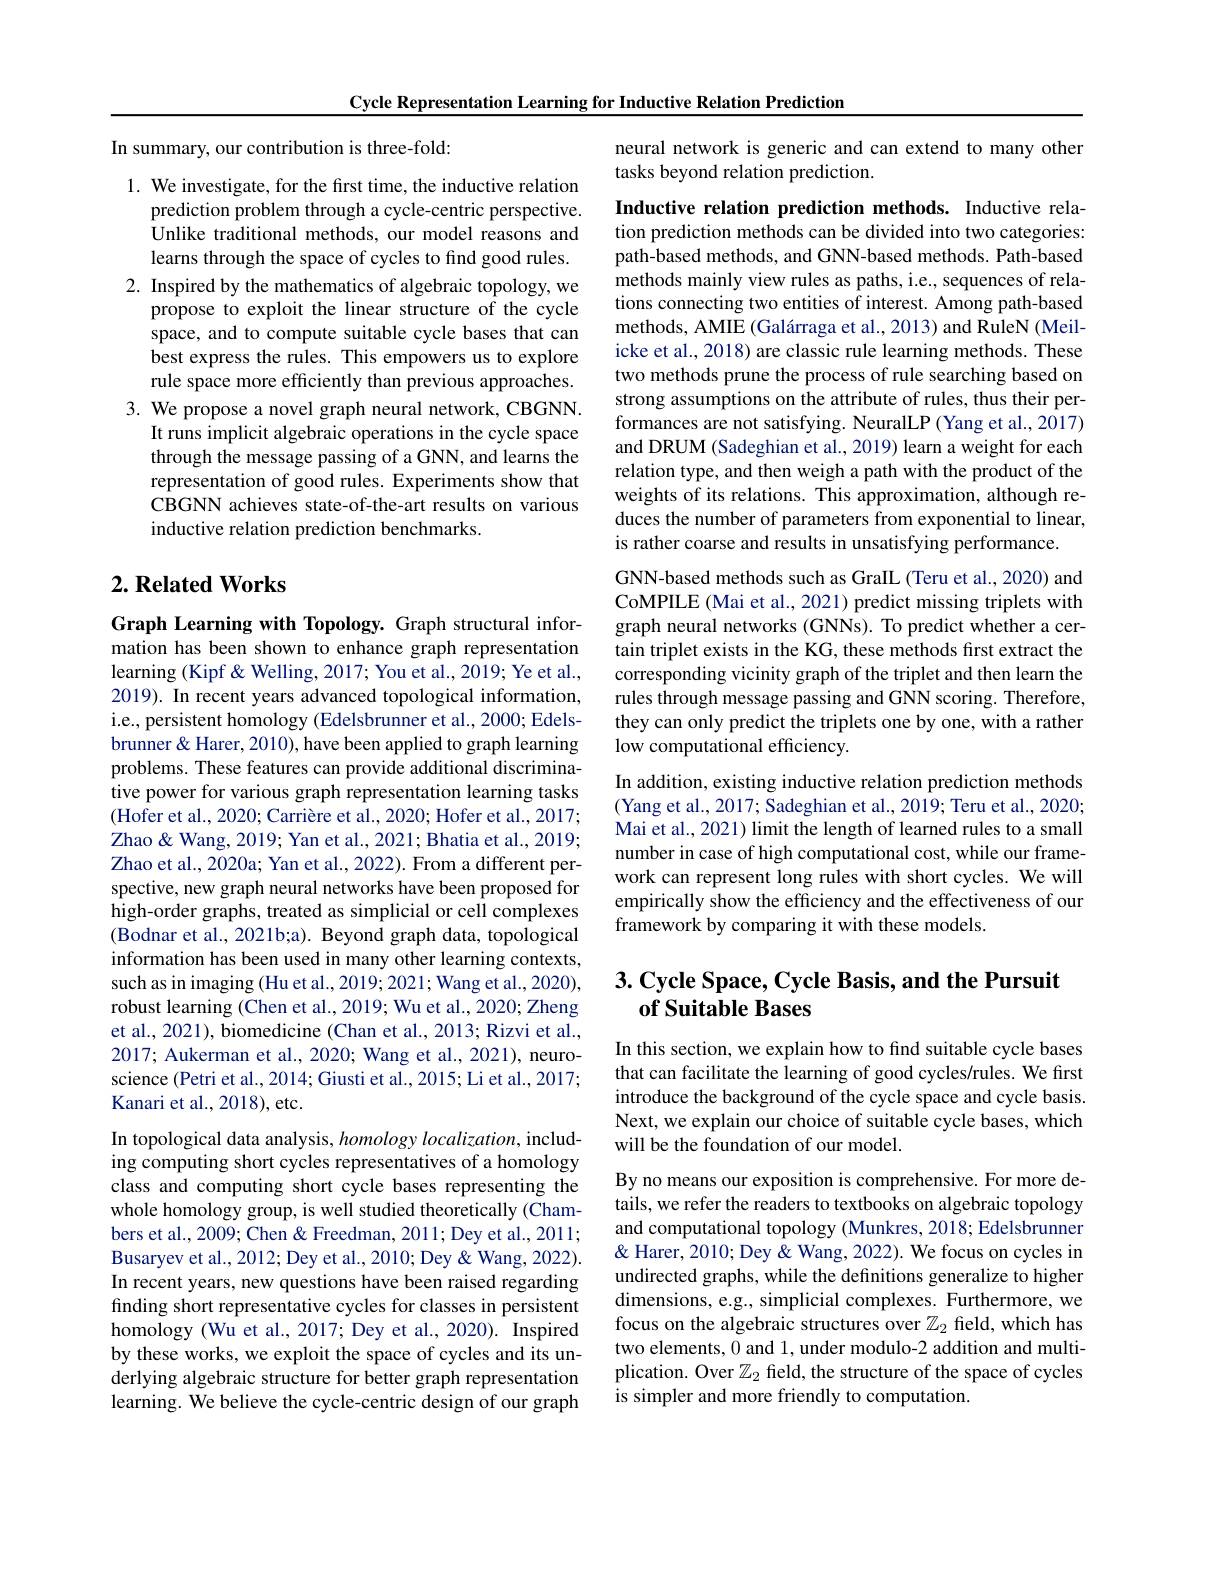
Cycle Representation Learning for Inductive Relation Prediction

In summary, our contribution is three-fold:

1. We investigate, for the first time, the inductive relation
prediction problem through a cycle-centric perspective. Unlike traditional methods, our model reasons and learns through the space of cycles to find good rules.
2. Inspired by the mathematics of algebraic topology, we
propose to exploit the linear structure of the cycle space, and to compute suitable cycle bases that can best express the rules. This empowers us to explore rule space more efficiently than previous approaches.
3. We propose a novel graph neural network, CBGNN.
It runs implicit algebraic operations in the cycle space through the message passing of a GNN, and learns the representation of good rules. Experiments show that CBGNN achieves state-of-the-art results on various inductive relation prediction benchmarks.

## $2. \textbf{Related Works}$

Graph Learning with Topology. Graph structural information has been shown to enhance graph representation learning (Kipf & Welling, 2017; You et al., 2019; Ye et al., 2019). In recent years advanced topological information, i.e., persistent homology (Edelsbrunner et al., 2000; Edelsbrunner & Harer, 2010), have been applied to graph learning problems. These features can provide additional discriminative power for various graph representation learning tasks (Hofer et al., 2020; Carrière et al., 2020; Hofer et al., 2017; Zhao& Wang, 2019; Yan et al., 2021; Bhatia et al., 2019; Zhao et al., 2020a; Yan et al., 2022). From a different perspective, new graph neural networks have been proposed for high-order graphs, treated as simplicial or cell complexes (Bodnar et al., 2021b;a). Beyond graph data, topological information has been used in many other learning contexts, such as in imaging (Hu et al., 2019; 2021; Wang et al., 2020), robust learning (Chen et al., 2019; Wu et al., 2020; Zheng et al., 2021), biomedicine (Chan et al., 2013; Rizvi et al., 2017; Aukerman et al., 2020; Wang et al., 2021), neuroscience (Petri et al., 2014; Giusti et al., 2015; Li et al., 2017; Kanari et al., 2018), etc.
In topological data analysis, homology localization, including computing short cycles representatives of a homology class and computing short cycle bases representing the whole homology group, is well studied theoretically (Chambers et al., 2009; Chen & Freedman, 2011; Dey et al., 2011; Busaryev et al., 2012; Dey et al., 2010; Dey & Wang, 2022). In recent years, new questions have been raised regarding finding short representative cycles for classes in persistent homology (Wu et al., 2017; Dey et al., 2020). Inspired by these works, we exploit the space of cycles and its underlying algebraic structure for better graph representation learning. We believe the cycle-centric design of our graph

neural network is generic and can extend to many other
tasks beyond relation prediction.

Inductive relation prediction methods. Inductive relation prediction methods can be divided into two categories: path-based methods, and GNN-based methods. Path-based methods mainly view rules as paths, i.e., sequences of relations connecting two entities of interest. Among path-based methods, AMIE (Galárraga et al., 2013) and RuleN (Meilicke et al., 2018) are classic rule learning methods. These two methods prune the process of rule searching based on strong assumptions on the attribute of rules, thus their performances are not satisfying. NeuralLP (Yang et al., 2017) and DRUM (Sadeghian et al., 2019) learn a weight for each relation type, and then weigh a path with the product of the weights of its relations. This approximation, although reduces the number of parameters from exponential to linear, is rather coarse and results in unsatisfying performance.
GNN-based methods such as GraIL (Teru et al., 2020) and CoMPILE (Mai et al., 2021) predict missing triplets with graph neural networks (GNNs). To predict whether a certain triplet exists in the KG, these methods first extract the corresponding vicinity graph of the triplet and then learn the rules through message passing and GNN scoring. Therefore, they can only predict the triplets one by one, with a rather low computational efficiency
In addition, existing inductive relation prediction methods (Yang et al., 2017; Sadeghian et al., 2019; Teru et al., 2020; Mai et al., 2021) limit the length of learned rules to a small number in case of high computational cost, while our framework can represent long rules with short cycles. We will empirically show the efficiency and the effectiveness of our framework by comparing it with these models.

## $3. \textbf{Cycle Space, Cycle Basis, and the Pursuit}$ $\textbf{of Suitable Bases}$

In this section, we explain how to find suitable cycle bases that can facilitate the learning of good cycles/rules. We first introduce the background of the cycle space and cycle basis. Next, we explain our choice of suitable cycle bases, which will be the foundation of our model.

By no means our exposition is comprehensive. For more details, we refer the readers to textbooks on algebraic topology and computational topology (Munkres, 2018; Edelsbrunner & Harer, 2010; Dey & Wang, 2022). We focus on cycles in undirected graphs, while the definitions generalize to higher dimensions, e.g., simplicial complexes. Furthermore, we focus on the algebraic structures over $\mathbb{Z}_2$ field, which has two elements, 0 and 1, under modulo-2 addition and multiplication. Over $\mathbb{Z}_2$ field, the structure of the space of cycles is simpler and more friendly to computation.